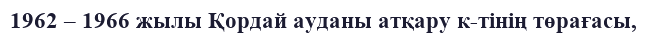
1962 – 1966 жылы Қордай ауданы атқару к-тінің төрағасы,